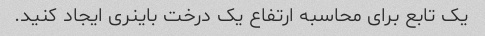
یک تابع برای محاسبه ارتفاع یک درخت باینری ایجاد کنید.